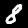
Digit: 8